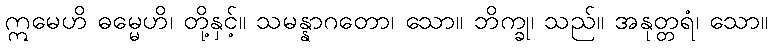
ဣမေဟိ ဓမ္မေဟိ၊ တို့နှင့်။ သမန္နာဂတော၊ သော။ ဘိက္ခု၊ သည်။ အနုတ္တရံ၊ သော။